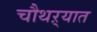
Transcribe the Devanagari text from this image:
चौथऱ्यात